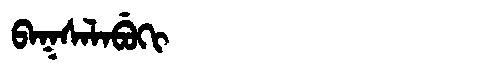
Manchu: ᠪᠠᡴᠰᠠᠯᠠᠪᡠᡴᡳ
Romanization: BAKSALABUKI